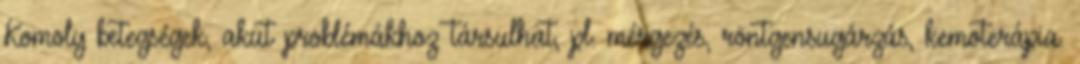
Komoly betegségek, akut problémákhoz társulhat, pl. mérgezés, röntgensugárzás, kemoterápia.